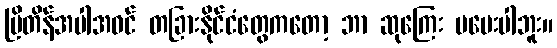
ဗြိတိန်အပါအဝင် တခြားနိုင်ငံတွေကတော့ ဘာ ဆုကြေး မပေးပါဘူး။